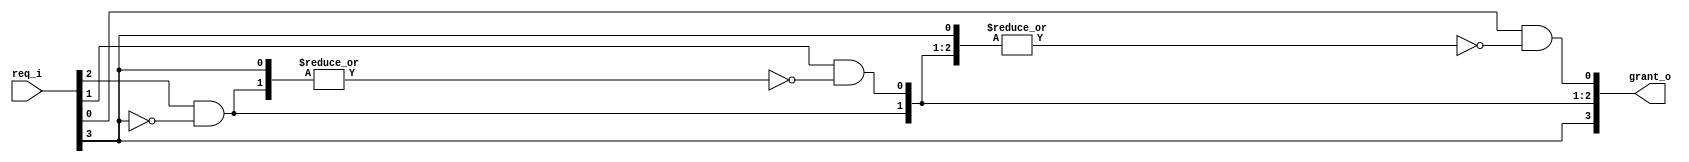
// Priority arbiter
// port[N] - highest priority

module day15 #(
  parameter NUM=4)
  (
    input wire[NUM-1:0] req_i,   // ith request
    output wire[NUM-1:0] grant_o  // grant access
    
  );
  
  assign grant_o[NUM-1] = req_i[NUM-1];
  
  genvar i;
  for(i= NUM-2 ; i>=0; i=i-1)begin
    assign grant_o[i] = req_i[i] & ~(|grant_o[NUM-1:i+1]);
  end
endmodule